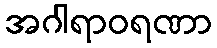
အဂါရာဝရဏာ